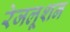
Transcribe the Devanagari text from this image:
रेजलूशन